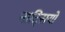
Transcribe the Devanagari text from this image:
नाट्सियों